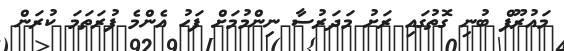
މައުރޫފް ބުނި ގޮތުގައި ރަށު މަދަރުސާ ނިންމުމަށް ފަހު އެންމެ ފުރަތަމަ ކުރަން